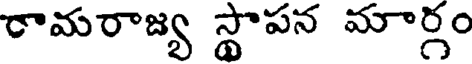
రామరాజ్య స్థాపన మార్గం